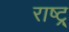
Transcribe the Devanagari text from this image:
राष्ट्र्